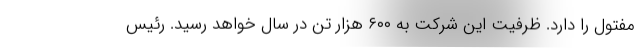
مفتول را دارد. ظرفیت این شرکت به ۶۰۰ هزار تن در سال خواهد رسید. رئیس